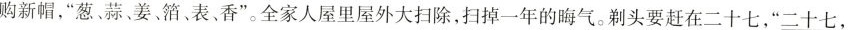
购新帽，”葱、蒜、姜、箔、表、香”。全家人屋里屋外大扫除，扫掉一年的晦气。剃头要赶在二十七，